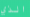
الذي